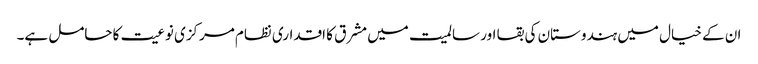
ان کے خیال میں ہندوستان کی بقا اور سالمیت میں مشرق کا اقداری نظام مرکزی نوعیت کا حامل ہے۔